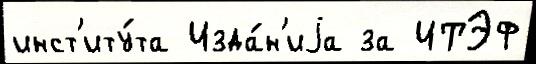
инст'иту́та Изда́н'иjа за ИТЭФ